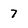
Character: 7